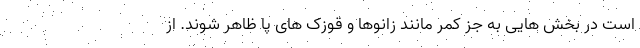
است در بخش هایی به جز کمر مانند زانوها و قوزک های پا ظاهر شوند. از